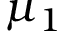
\mu _ { 1 }